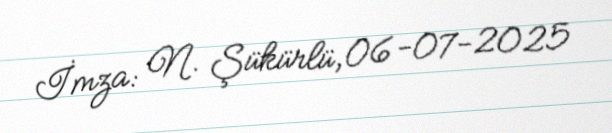
İmza: N. Şükürlü, 06-07-2025